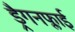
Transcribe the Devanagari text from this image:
ड्रैगनफ्लाई